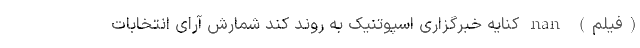
(فیلم) nan کنایه خبرگزاری اسپوتنیک به روند کُند شمارش آرای انتخابات